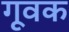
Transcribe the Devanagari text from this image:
गूवक